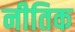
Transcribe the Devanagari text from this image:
नीतिक